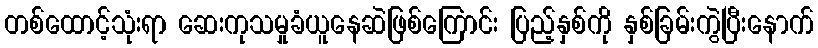
တစ်ထောင့်သုံးရာ ဆေးကုသမှုခံယူနေဆဲဖြစ်ကြောင်း ပြည့်နှစ်ကို နှစ်ခြမ်းကွဲပြီးနောက်